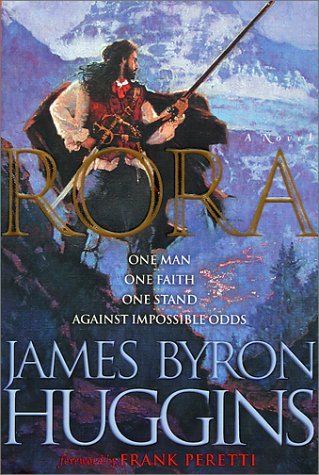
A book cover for Rora; James Byron Huggins; Religion & Spirituality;